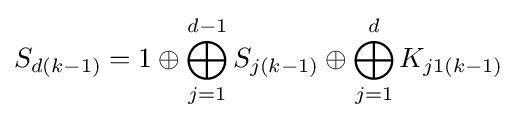
S_{d(k-1)}=1\oplus \bigoplus _{j=1}^{d-1}S_{j(k-1)}\oplus \bigoplus _{j=1}^{d}K_{j1(k-1)}